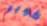
كوبر